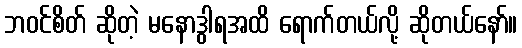
ဘဝင်စိတ် ဆိုတဲ့ မနောဒွါရအထိ ရောက်တယ်လို့ ဆိုတယ်နော်။